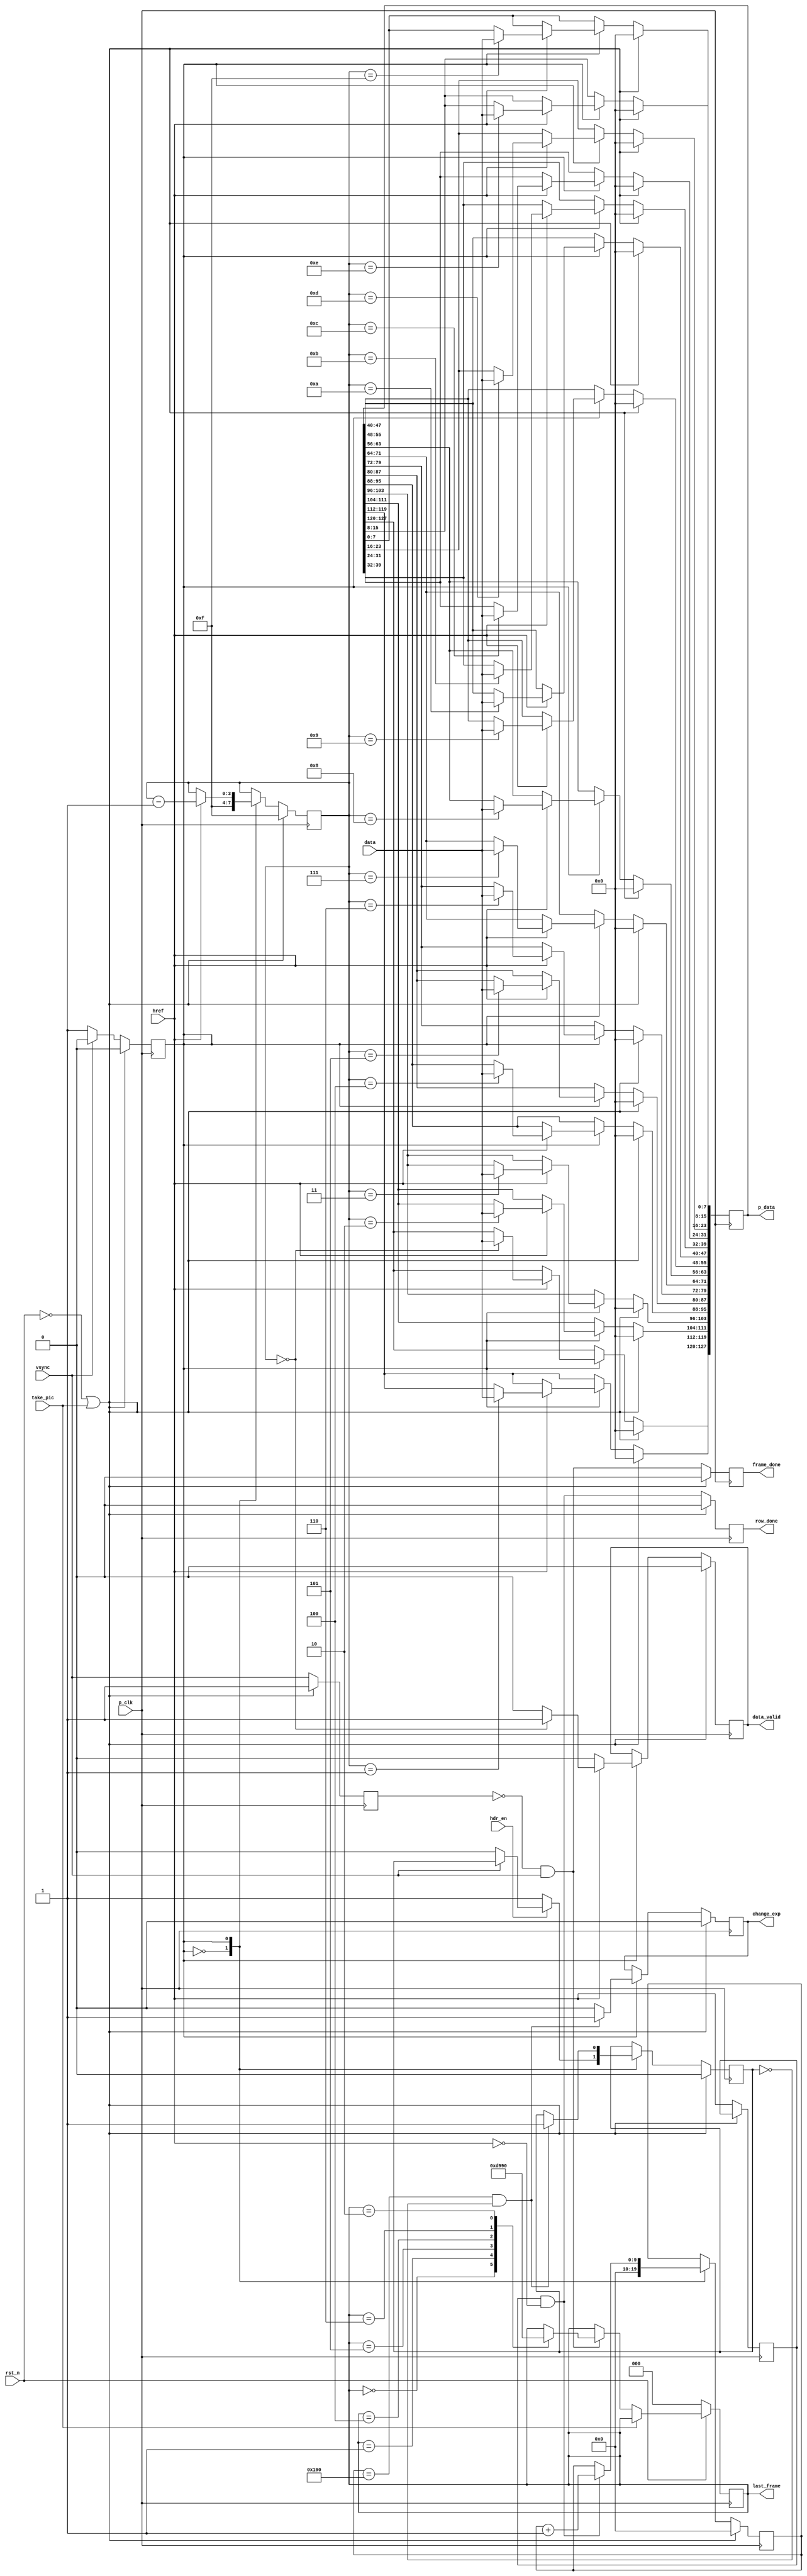
module camera_capture(
	input p_clk,
	input rst_n,
	input [7:0] data,
	input href,
	input vsync,
	input take_pic,
	input hdr_en,

	output reg [2:0] last_frame,
	output reg frame_done,
	output reg row_done,
	output reg [127:0] p_data,
	output reg data_valid,
//	output reg [24:0] wr_address,
	output reg change_exp

);

	//Capturing data from camera module.
	//Frame starts when vsync goes low. Row starts when href goes high.
	//The DDR memory reads/writes 128bit of data, so 8 pixels need to be captured before writing them to memory


	reg STATE;
	reg [3:0] byte_counter;
	reg q_vsync;
	reg q_href;
	reg [9:0] row;
	reg exp_done;
	localparam IDLE = 0;
	localparam CAPTURE = 1;



	always @ (posedge p_clk) begin
		if(~rst_n || take_pic) begin
			byte_counter <= 4'b1111;
			STATE <= IDLE;
			p_data <= 128'b0;
			data_valid <= 1'b0;
			frame_done <= 1'b0;
			row <= 10'b0;
			change_exp <= 1'b0;
			exp_done <= 1'b0;
			q_vsync <= 1'b1;
			row_done <= 1'b0;
		end else begin

			q_href <= href;
			q_vsync <= vsync;

			frame_done <= ~(q_vsync) && vsync;
			row_done <= (q_href) && ~href;

			case(STATE)

				IDLE: begin
					STATE <= (~vsync) ? CAPTURE : IDLE;
					if(hdr_en) begin
						exp_done <= (!vsync) ? 1'b0 : exp_done;
					end else begin
						exp_done <= 1'b1;
					end
					byte_counter <= 4'b1111;
					row <= 10'b0;
				end

				CAPTURE: begin
					STATE <= (vsync) ? IDLE : CAPTURE;

//					wr_address <= (data_valid) ? wr_address + 4 : wr_address;

					if(q_href && ~href) begin
						row <= row + 1;
					end

					if(href) begin

						data_valid <= (byte_counter == 4'b0) ? 1'b1 : 1'b0;
						byte_counter <= byte_counter - 1;

						case(byte_counter)
							4'b0000: p_data[127:120] <= data;
							4'b0001: p_data[119:112] <= data;
							4'b0010: p_data[111:104] <= data;
							4'b0011: p_data[103:96]  <= data;
							4'b0100: p_data[95:88]   <= data;
							4'b0101: p_data[87:80]   <= data;
							4'b0110: p_data[79:72]   <= data;
							4'b0111: p_data[71:64]   <= data;
							4'b1000: p_data[63:56]   <= data;
							4'b1001: p_data[55:48]   <= data;
							4'b1010: p_data[47:40]   <= data;
							4'b1011: p_data[39:32]   <= data;
							4'b1100: p_data[31:24]   <= data;
							4'b1101: p_data[23:16]   <= data;
							4'b1110: p_data[15:8]    <= data;
							4'b1111: p_data[7:0]     <= data;
						endcase

					end else begin
						data_valid <= 1'b0;
					end

					if(row == 400 && ~exp_done) begin
						change_exp <= 1'b1;
						exp_done <= 1'b1;
					end else begin
						change_exp <= 1'b0;
					end
				end
			endcase
		end
	end

	always@(posedge p_clk) begin
		if(~rst_n) begin
			last_frame <= 3'b0;                                  //last_frame = 0 means that camera is writing the second frame (0x25800). last_frame = 1 means camera is writing the first frame (0x0).
		end else if (~take_pic)begin
			if((~q_vsync) && vsync) begin
				case(last_frame)
					3'b000: last_frame <= 3'b001;
					3'b001: last_frame <= 3'b101;
					3'b101: last_frame <= 3'b100;
					3'b100: last_frame <= 3'b110;
					3'b110: last_frame <= 3'b010;
					3'b010: last_frame <= 3'b000;
				endcase
			end
		end
	end

endmodule